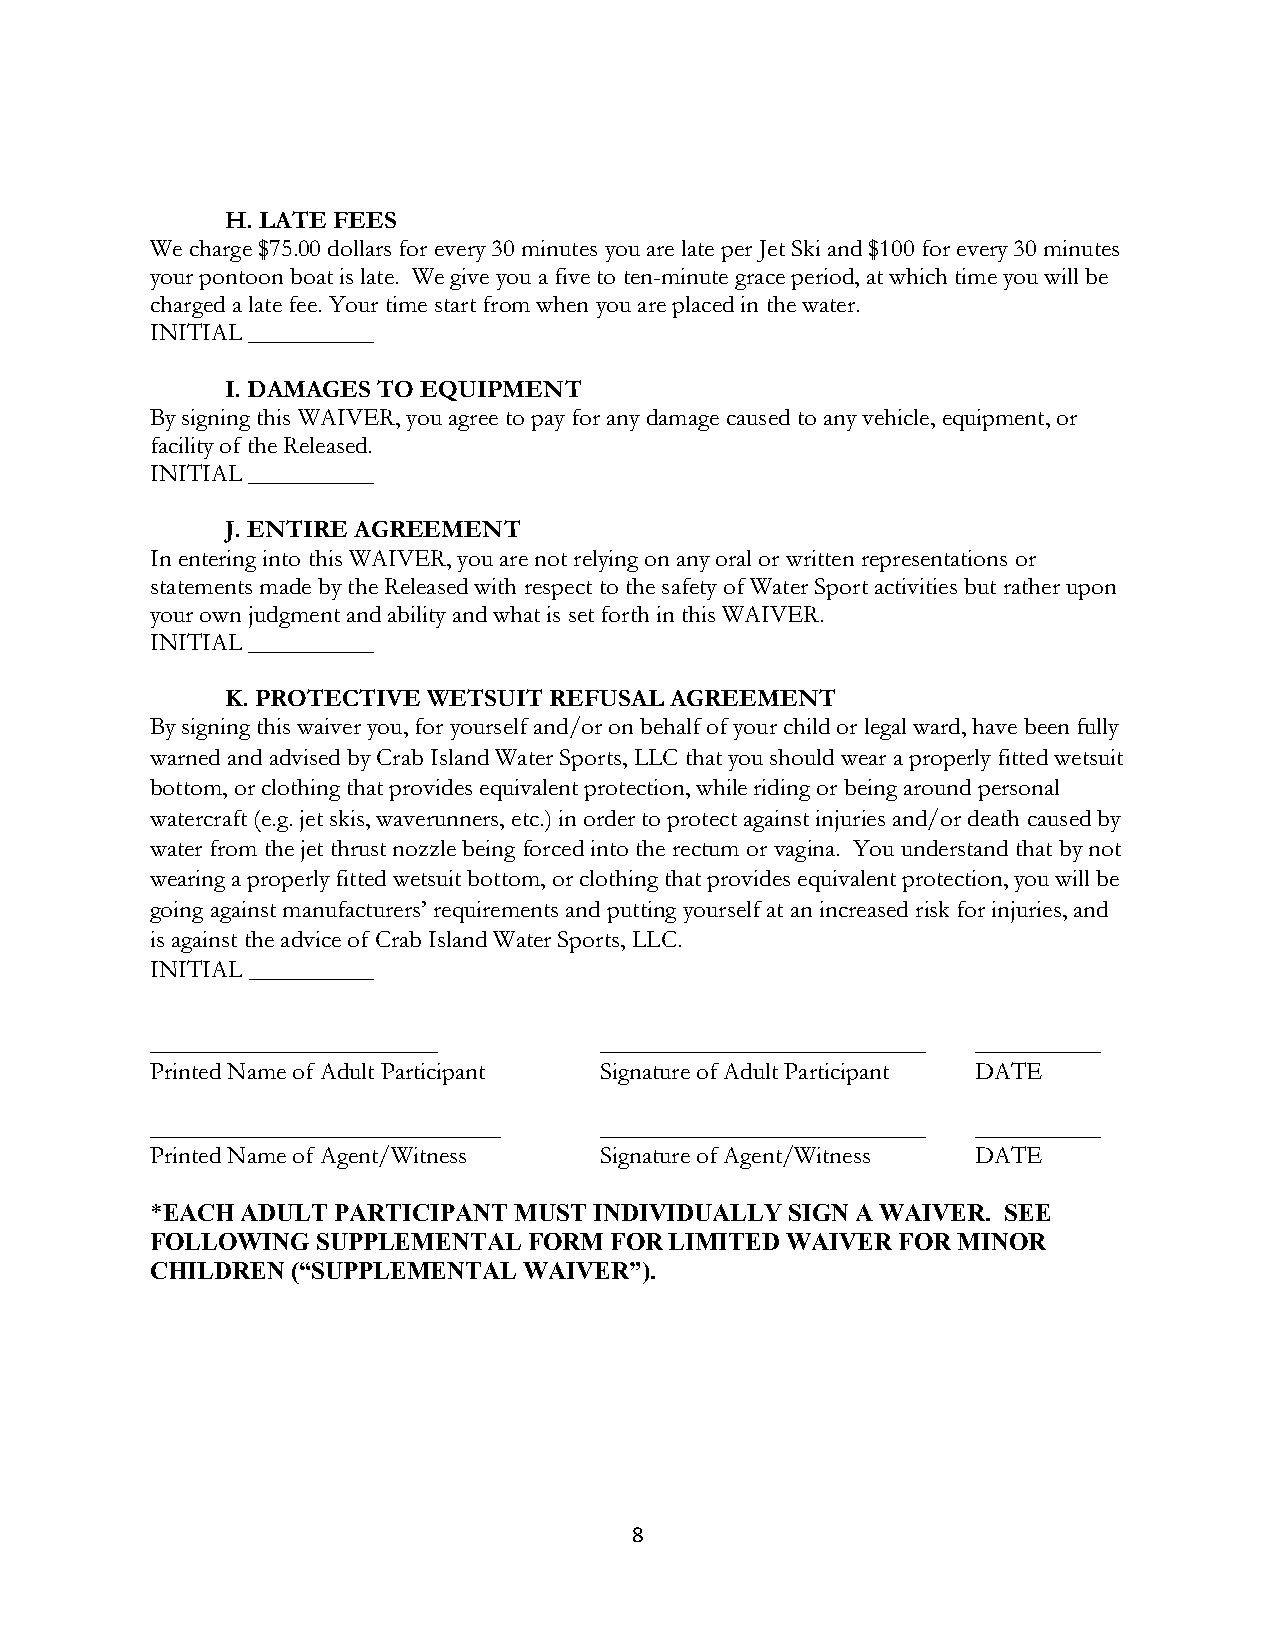
H. LATE FEES
 We charge $75.00 dollars for every 30 minutes you are late per Jet Ski and $100 for every 30 minutes
 your pontoon boat is late. We give you a five to ten-minute grace period, at which time you will be
 charged a late fee. Your time start from when you are placed in the water.
 INITIAL __________
 I.DAMAGES TO EQUIPMENT
 By signing this WAIVER, you agree to pay for any damage caused to any vehicle, equipment, or
 facility of the Released.
 INITIAL __________
 J. ENTIRE AGREEMENT
 In entering into this WAIVER, you are not relying on any oral or written representations or
 statements made by the Released with respect to the safety of Water Sport activities but rather upon
 your own judgment and ability and what is set forth in this WAIVER.
 INITIAL __________
 K.PROTECTIVE WETSUIT REFUSAL AGREEMENT
 By signing this waiver you, for yourself and/or on behalf of your child or legal ward, have been fully
 warned and advised by Crab Island Water Sports, LLC that you should wear a properly fitted wetsuit
 bottom, or clothing that provides equivalent protection, while riding or being around personal
 watercraft (e.g. jet skis, waverunners, etc.) in order to protect against injuries and/or death caused by
 water from the jet thrust nozzle being forced into the rectum or vagina. You understand that by not
 wearing a properly fitted wetsuit bottom, or clothing that provides equivalent protection, you will be
 going against manufacturers’ requirements and putting yourself at an increased risk for injuries, and
 is against the advice of Crab Island Water Sports, LLC.
 INITIAL __________
 _______________________       __________________________ __________
 Printed Name of Adult Participant Signature of Adult Participant DATE
 ____________________________  __________________________ __________
 Printed Name of Agent/Witness Signature of Agent/Witness DATE
 *EACH ADULT PARTICIPANT MUST INDIVIDUALLY SIGN A WAIVER. SEE
 FOLLOWING  SUPPLEMENTAL  FORM FOR LIMITED WAIVER FOR MINOR
 CHILDREN (“SUPPLEMENTAL  WAIVER”).
 8